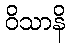
ဝိသာနိ